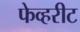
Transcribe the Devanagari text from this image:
फेव्हरीट